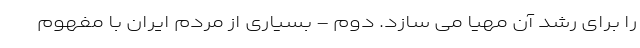
را برای رشد آن مهیا می سازد. دوم - بسیاری از مردم ایران با مفهوم